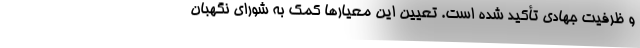
و ظرفیت جهادی تأکید شده است. تعیین این معیار‌ها کمک به شورای نگهبان